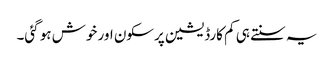
یہ سنتے ہی کم کارڈیشین پرسکون اور خوش ہو گئی۔